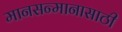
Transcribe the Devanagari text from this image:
मानसन्मानासाठी